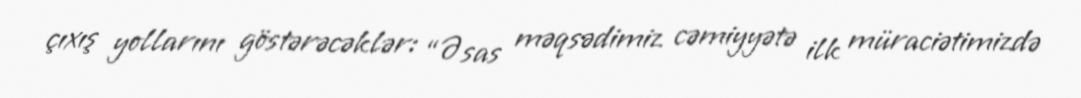
çıxış yollarını göstərəcəklər: “Əsas məqsədimiz cəmiyyətə ilk müraciətimizdə